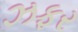
ઝફર